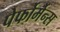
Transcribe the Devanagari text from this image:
पेर्फोर्मेन्स